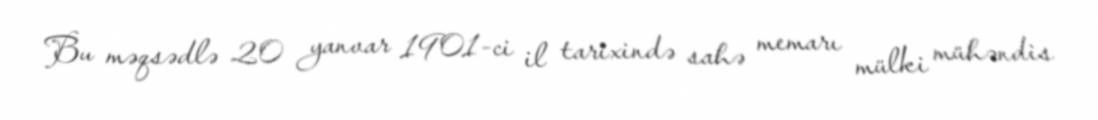
Bu məqsədlə 20 yanvar 1901-ci il tarixində sahə memarı mülki mühəndis